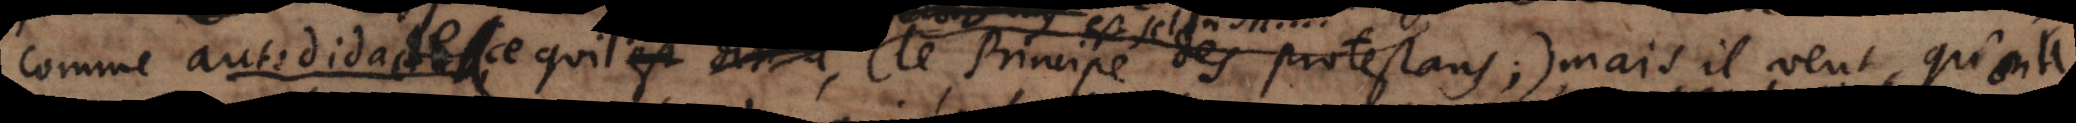
comme autodidacte (ce qui le Principe des Protestans); mais il veut qu’on